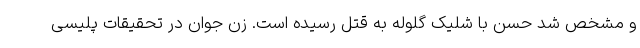
و مشخص شد حسن با شلیک گلوله به قتل رسیده است. زن جوان در تحقیقات پلیسی